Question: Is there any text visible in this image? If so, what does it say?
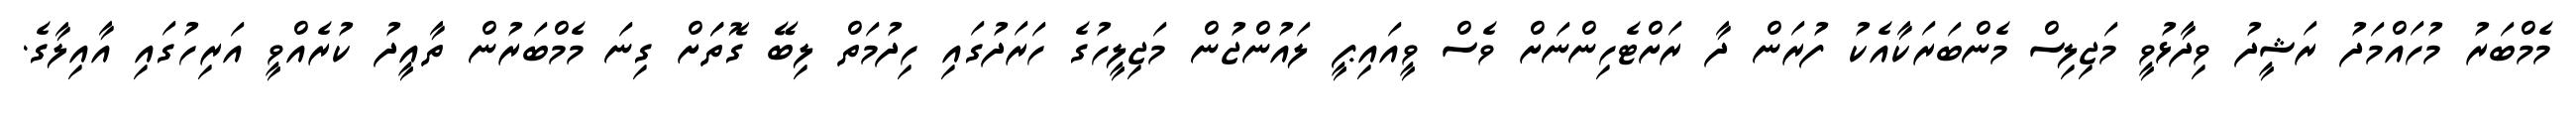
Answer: މެމްބަރު މުހައްމަދު ރަޝީދު ވިދާޅުވީ މަޖިލިސް މެންބަރަކާއެކު ފުރަން ދާ ރަށްޓެހިންނަށް ވެސް ވީއައިޕީ ލައުންޖުން މަޖިލީހުގެ ހަރަދުގައި ހިދުމަތް ލިބޭ ގޮތަަށް ގިނަ މެމްބަރުން ތާއީދު ކުރެއްވީ އަރިހުގައި އާއިލާގެ.